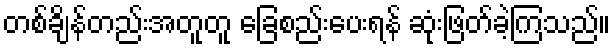
တစ်ချိန်တည်းအတူတူ ခြေစည်းပေးရန် ဆုံးဖြတ်ခဲ့ကြသည်။